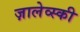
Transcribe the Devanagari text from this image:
ज़ालेव्स्की